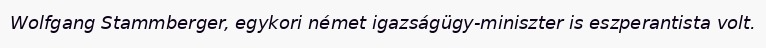
Wolfgang Stammberger, egykori német igazságügy-miniszter is eszperantista volt.